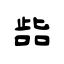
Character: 啙